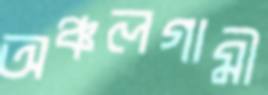
অঞ্চলগামী